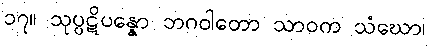
၁၇။ သုပ္ပဋိပန္နော ဘဂဝါတော သာဝက သံဃော၊